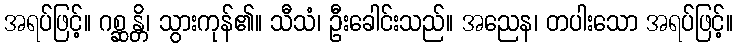
အရပ်ဖြင့်။ ဂစ္ဆန္တိ၊ သွားကုန်၏။ သီသံ၊ ဦးခေါင်းသည်။ အညေန၊ တပါးသော အရပ်ဖြင့်။